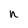
Character: n